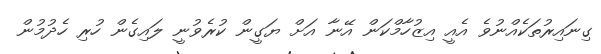
ގިނައިރުތަކެއްނުވެ އެއީ އިޒުހާމްކަން އޭނާ އަށް ޔަގީން ކުރެވުނީ ލައިގެން ހުރި ހެދުމުން